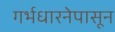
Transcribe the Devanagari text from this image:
गर्भधारनेपासून